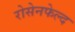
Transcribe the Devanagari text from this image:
रोसेनफेल्द